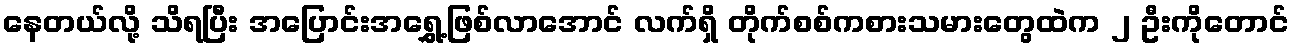
နေတယ်လို့ သိရပြီး အပြောင်းအရွှေ့ဖြစ်လာအောင် လက်ရှိ တိုက်စစ်ကစားသမားတွေထဲက ၂ ဦးကိုတောင်